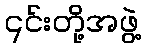
၎င်းတို့အဖွဲ့